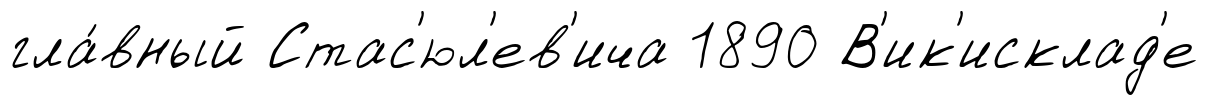
гла́вный Стас'юл'ев'ича 1890 В'ик'исклад'е